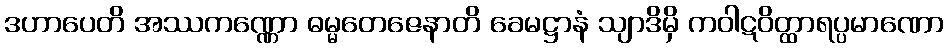
ဒဟာပေတိ အဿကဏ္ဏော ဓမ္မတေဇေနာတိ ခေမဋ္ဌာနံ သျာဒိမှိ ကဝါဋဝိတ္ထာရပ္ပမာဏော